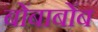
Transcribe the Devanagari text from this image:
बोंबाबोंब